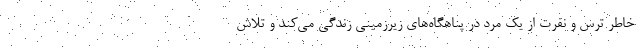
خاطر ترس و نفرت از یک مرد در پناهگاه‌های زیرزمینی زندگی می‌کند و تلاش